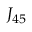
J _ { 4 5 }